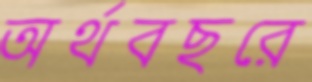
অর্থবছরে